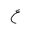
Letter: _ayn